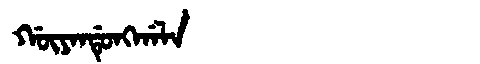
Manchu: ᡤᡡᠶᠠᠨᡩᡠᠩᡤᠠᠯᠠ
Romanization: GŪYANDUNGGALA